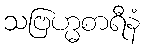
သဗြဟ္မစာရီနံ